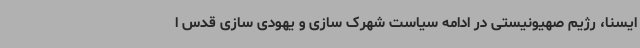
ایسنا، رژیم صهیونیستی در ادامه سیاست شهرک سازی و یهودی سازی قدس ا